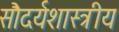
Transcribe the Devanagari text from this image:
सौदर्यशास्त्रीय